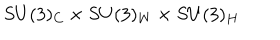
LaTeX: S U ( 3 ) _ { C } \times S U ( 3 ) _ { W } \times S U ( 3 ) _ { H }